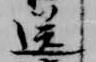
送